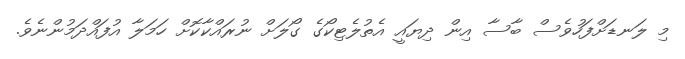
މި ލަނޑަށްފަހުވެސް ބާސާ އިން ދިޔައީ އެތުލެޓިކޯގެ ގޯލަށް ނުރައްކާކޮށް ހަމަލާ އުފައްދަމުންނެވެ.